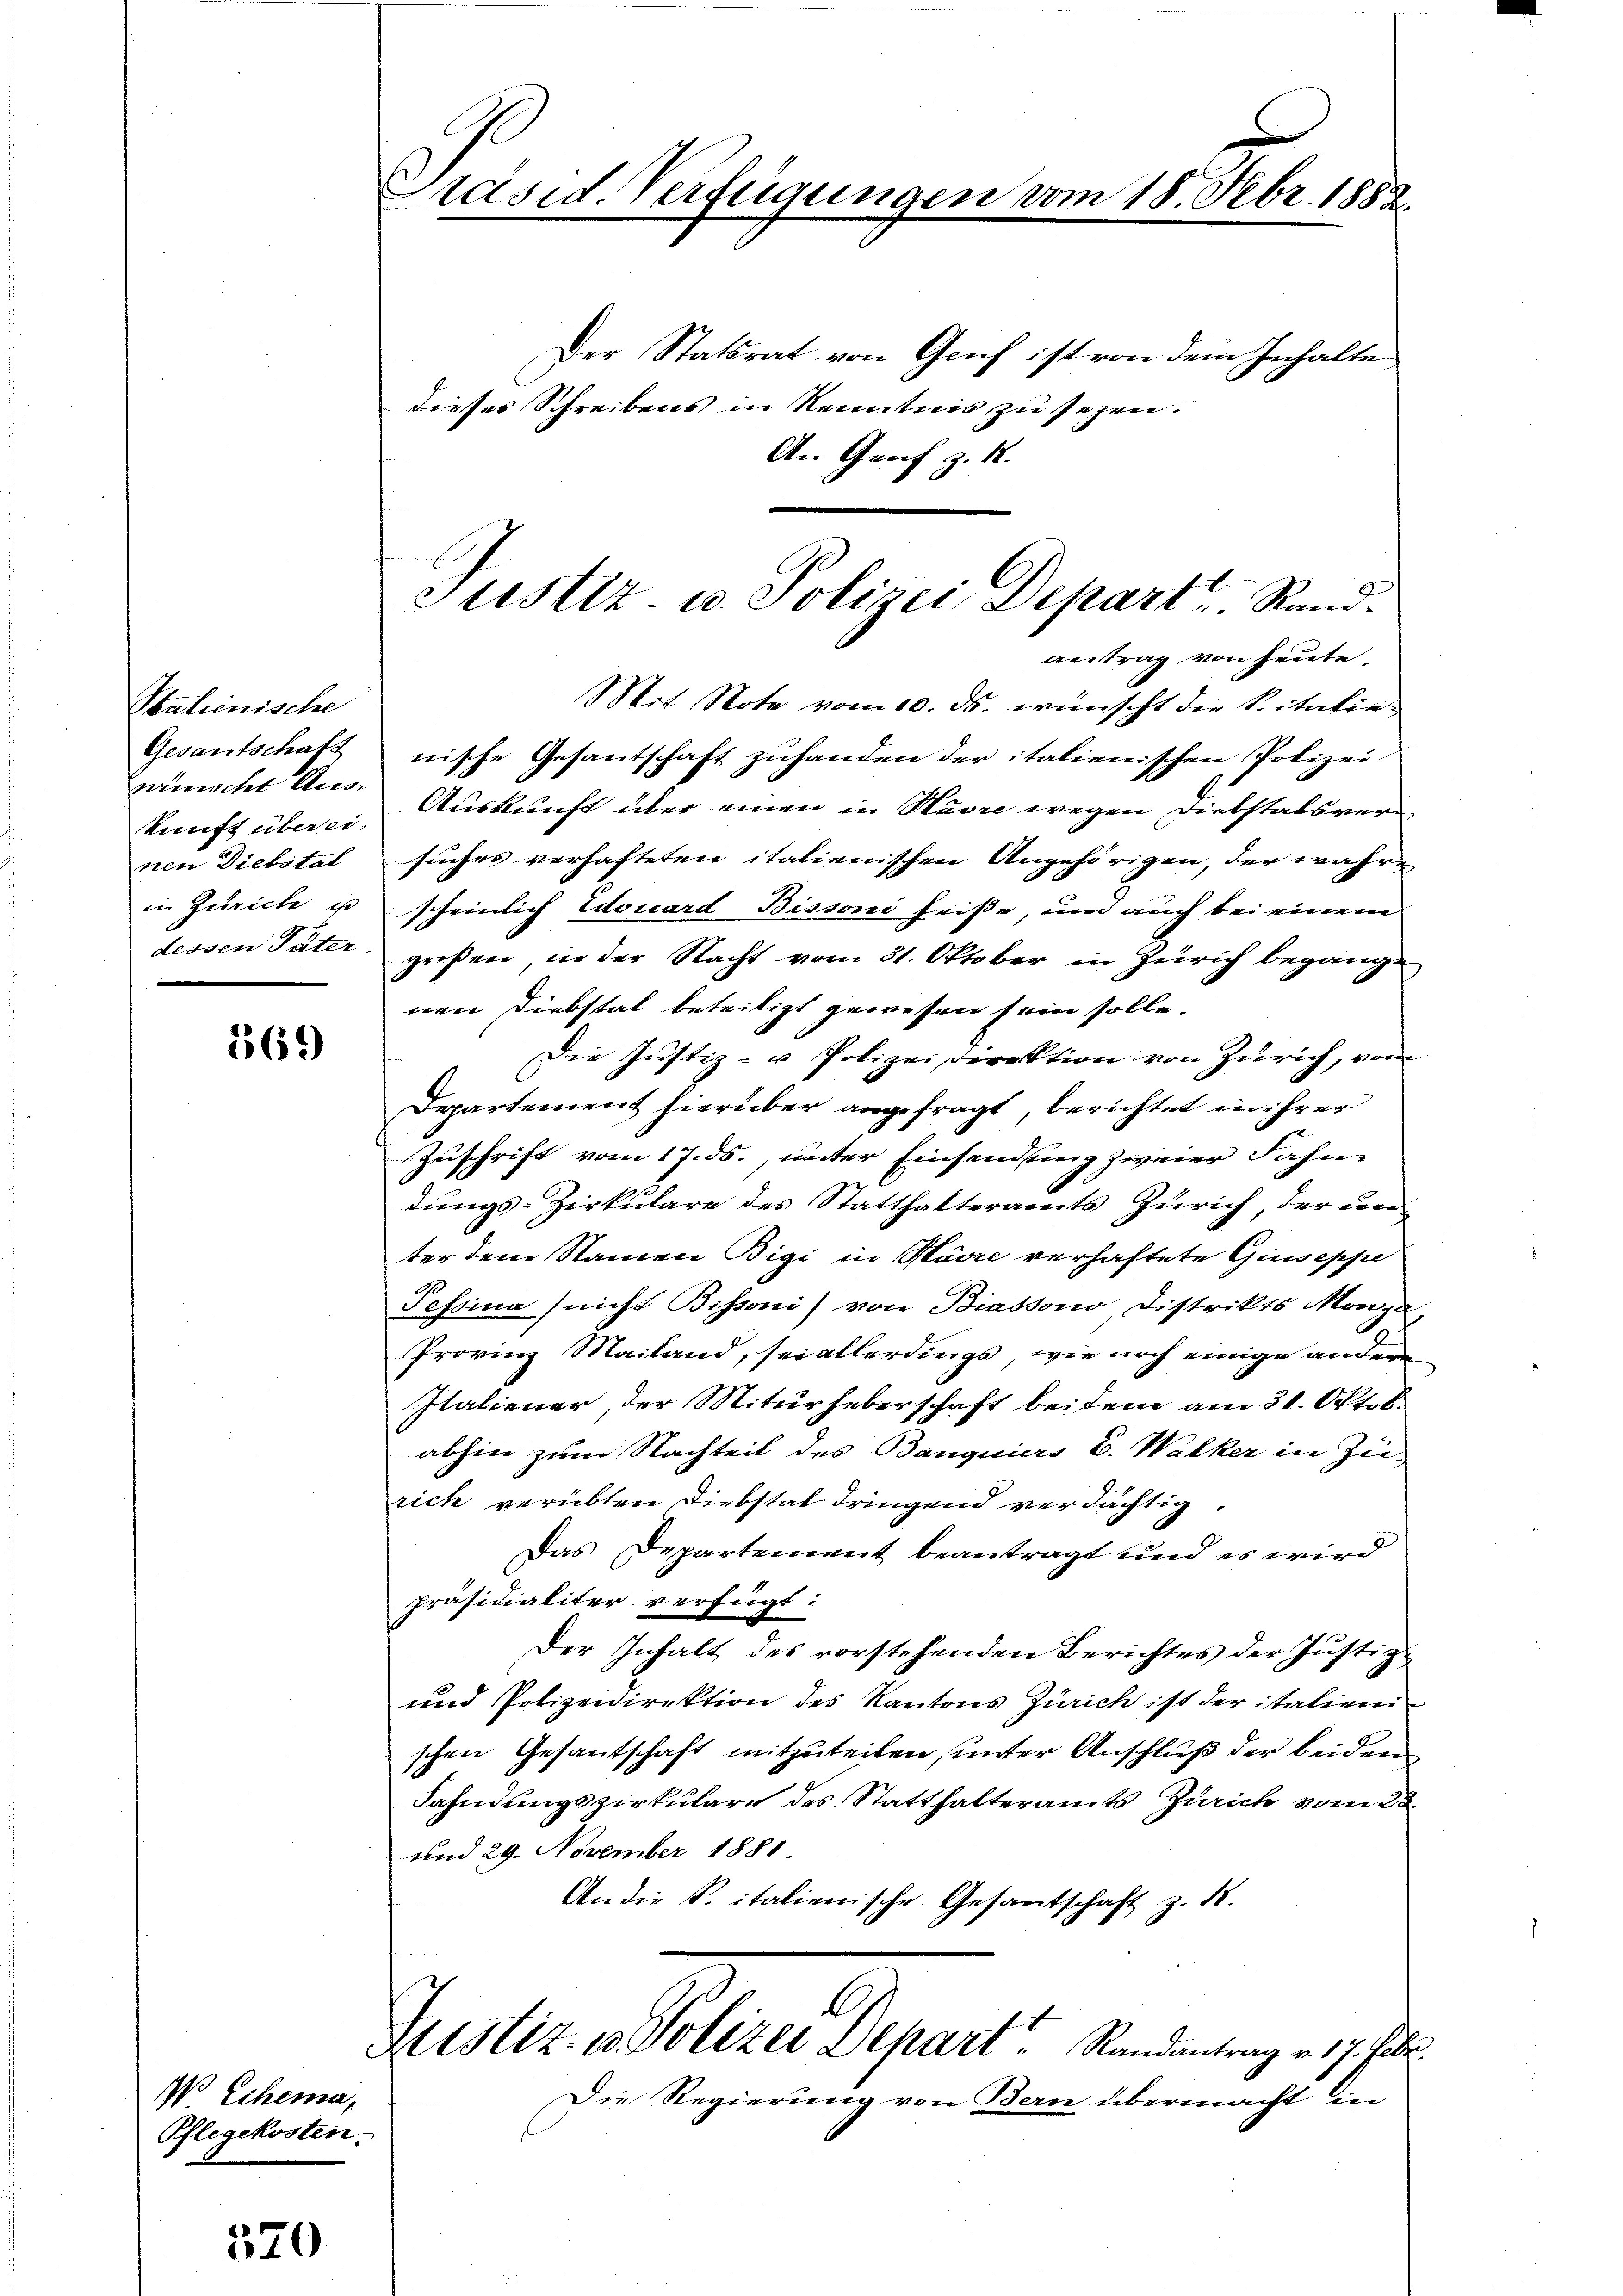
Italienische
Gesantschaft
wünscht Auskunft überei-
nen Diebstal
in Zürich is
dessen Täter

569

W Ehema,
Pflegekosten

370

Präsid. Verfügungen vom 18. Febr. 1882.

Der Statsrat von Genf ist von dem Inhalte
dieses Schreibens in Kenntnis zu sehen.
An Graf z. 18.
Mit Note vom 10. ds. wünscht die Citatienische Gesantschaft zuhanden der italienischen Polizei
Auskunft über einen in Havre wegen Diebstatsversuches verhafteten italienischen Angehörigen, der wahrscheinlich Edouard Bissoni heiße, um auch bei einem
großen, in der Nacht vom 31. Oktober in Zürich begangnen Diebstal beseitigt gewesen sein solle.
Die Justiz- u Polizeidirektion von Zürich, von
Departement hierüber angefragt, berichtet in ihrer
Zuschrift vom 17. ds., unter Einsendung zweier Fahne
dungs-Zirkulare des Statthalteramts Zürich, der dene
ter dem Namen Bigi in Havre verhaftete Giuseppe
Tessina (nicht Bissoni) von Biassono Distrikts Morge
Provinz Mailand, sei allerdings, wie noch einige ander
Italiener, der Miturheberschaft beidem am 31. Oktob.
abhin zum Nachteil des Banquiers E. Walker in Zu-
rich verübten Diebstal dringend verdächtig
Das Departement beantragt und es wird
präsidialiter verfügt:
Der Inhalt des vorstehenden Berichtes der Justiz
und Polizeidirektion des Kantons Zürich ist der italieni
schen Gesantschaft mitzuteilen, unter Anschluß der beiden
Fahndungszirkulare des Statthalteramts Zürich vom 2.
und 29. November 1881
An die K. italienische Gesantschaft z. B.
Juisliz. v. Polizei Depart. Randantrag v. 17. Ja
Die Regierung von Bern übermacht in

Justiz u. Polizei Depart. Rand.
antrag von heute,